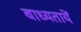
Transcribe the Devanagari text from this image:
बाध्यतायें